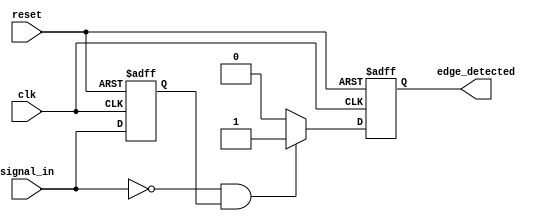
module NegativeEdgeDetector (
    input wire clk,                  // Clock signal
    input wire reset,                // Optional reset signal
    input wire signal_in,            // Input signal to detect negative edge
    output reg edge_detected         // Output signal indicating negative edge
);

    reg previous_state;              // Register to hold the previous state of signal_in

    // Sequential logic for D Flip-Flop like behavior and edge detection
    always @(posedge clk or posedge reset) begin
        if (reset) begin
            previous_state <= 1'b0;  // Initialize previous_state on reset
            edge_detected <= 1'b0;   // Initialize edge_detected on reset
        end else begin
            // Detect negative edge
            if (signal_in == 1'b0 && previous_state == 1'b1) begin
                edge_detected <= 1'b1; // Negative edge detected, set output high
            end else begin
                edge_detected <= 1'b0;  // Reset output if no edge detected
            end
            
            // Update previous state
            previous_state <= signal_in; // Capture current state for next clock cycle
        end
    end

endmodule